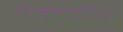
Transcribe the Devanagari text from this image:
पाडल्याशिवाय